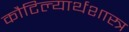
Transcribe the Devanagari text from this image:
कौटिल्यार्थशास्त्र